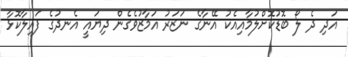
އަދި ދެ ލޯ ބޮޑުކޮށްލުމާއިއެކު އޭނާގެ ނަޒަރު އަމާޒުވެގެން ދިޔައީ އެނދުގެ ފައިލާކޮޅާ